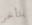
يتأخر